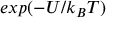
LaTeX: e x p ( - U / k _ { B } T )